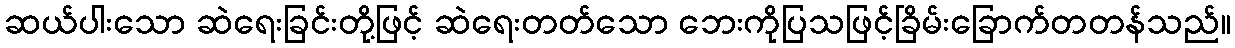
ဆယ်ပါးသော ဆဲရေးခြင်းတို့ဖြင့် ဆဲရေးတတ်သော ဘေးကိုပြသဖြင့်ခြိမ်းခြောက်တတန်သည်။